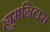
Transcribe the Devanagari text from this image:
ह्यूमनिटास